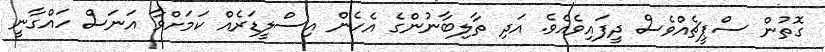
ގޮތުން ސްޕީޗެއްވެސް ދީފައިވެއެވެ. އަދި ތާލިބާނުންގެ އެހެން އިސްލީޑަރެއް ކަމަށްވާ އަނަސް ހައްގާނީ